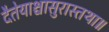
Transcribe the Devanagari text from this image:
दैतेयाश्चासुरास्तथा॥